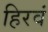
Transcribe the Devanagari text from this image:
हिरवं